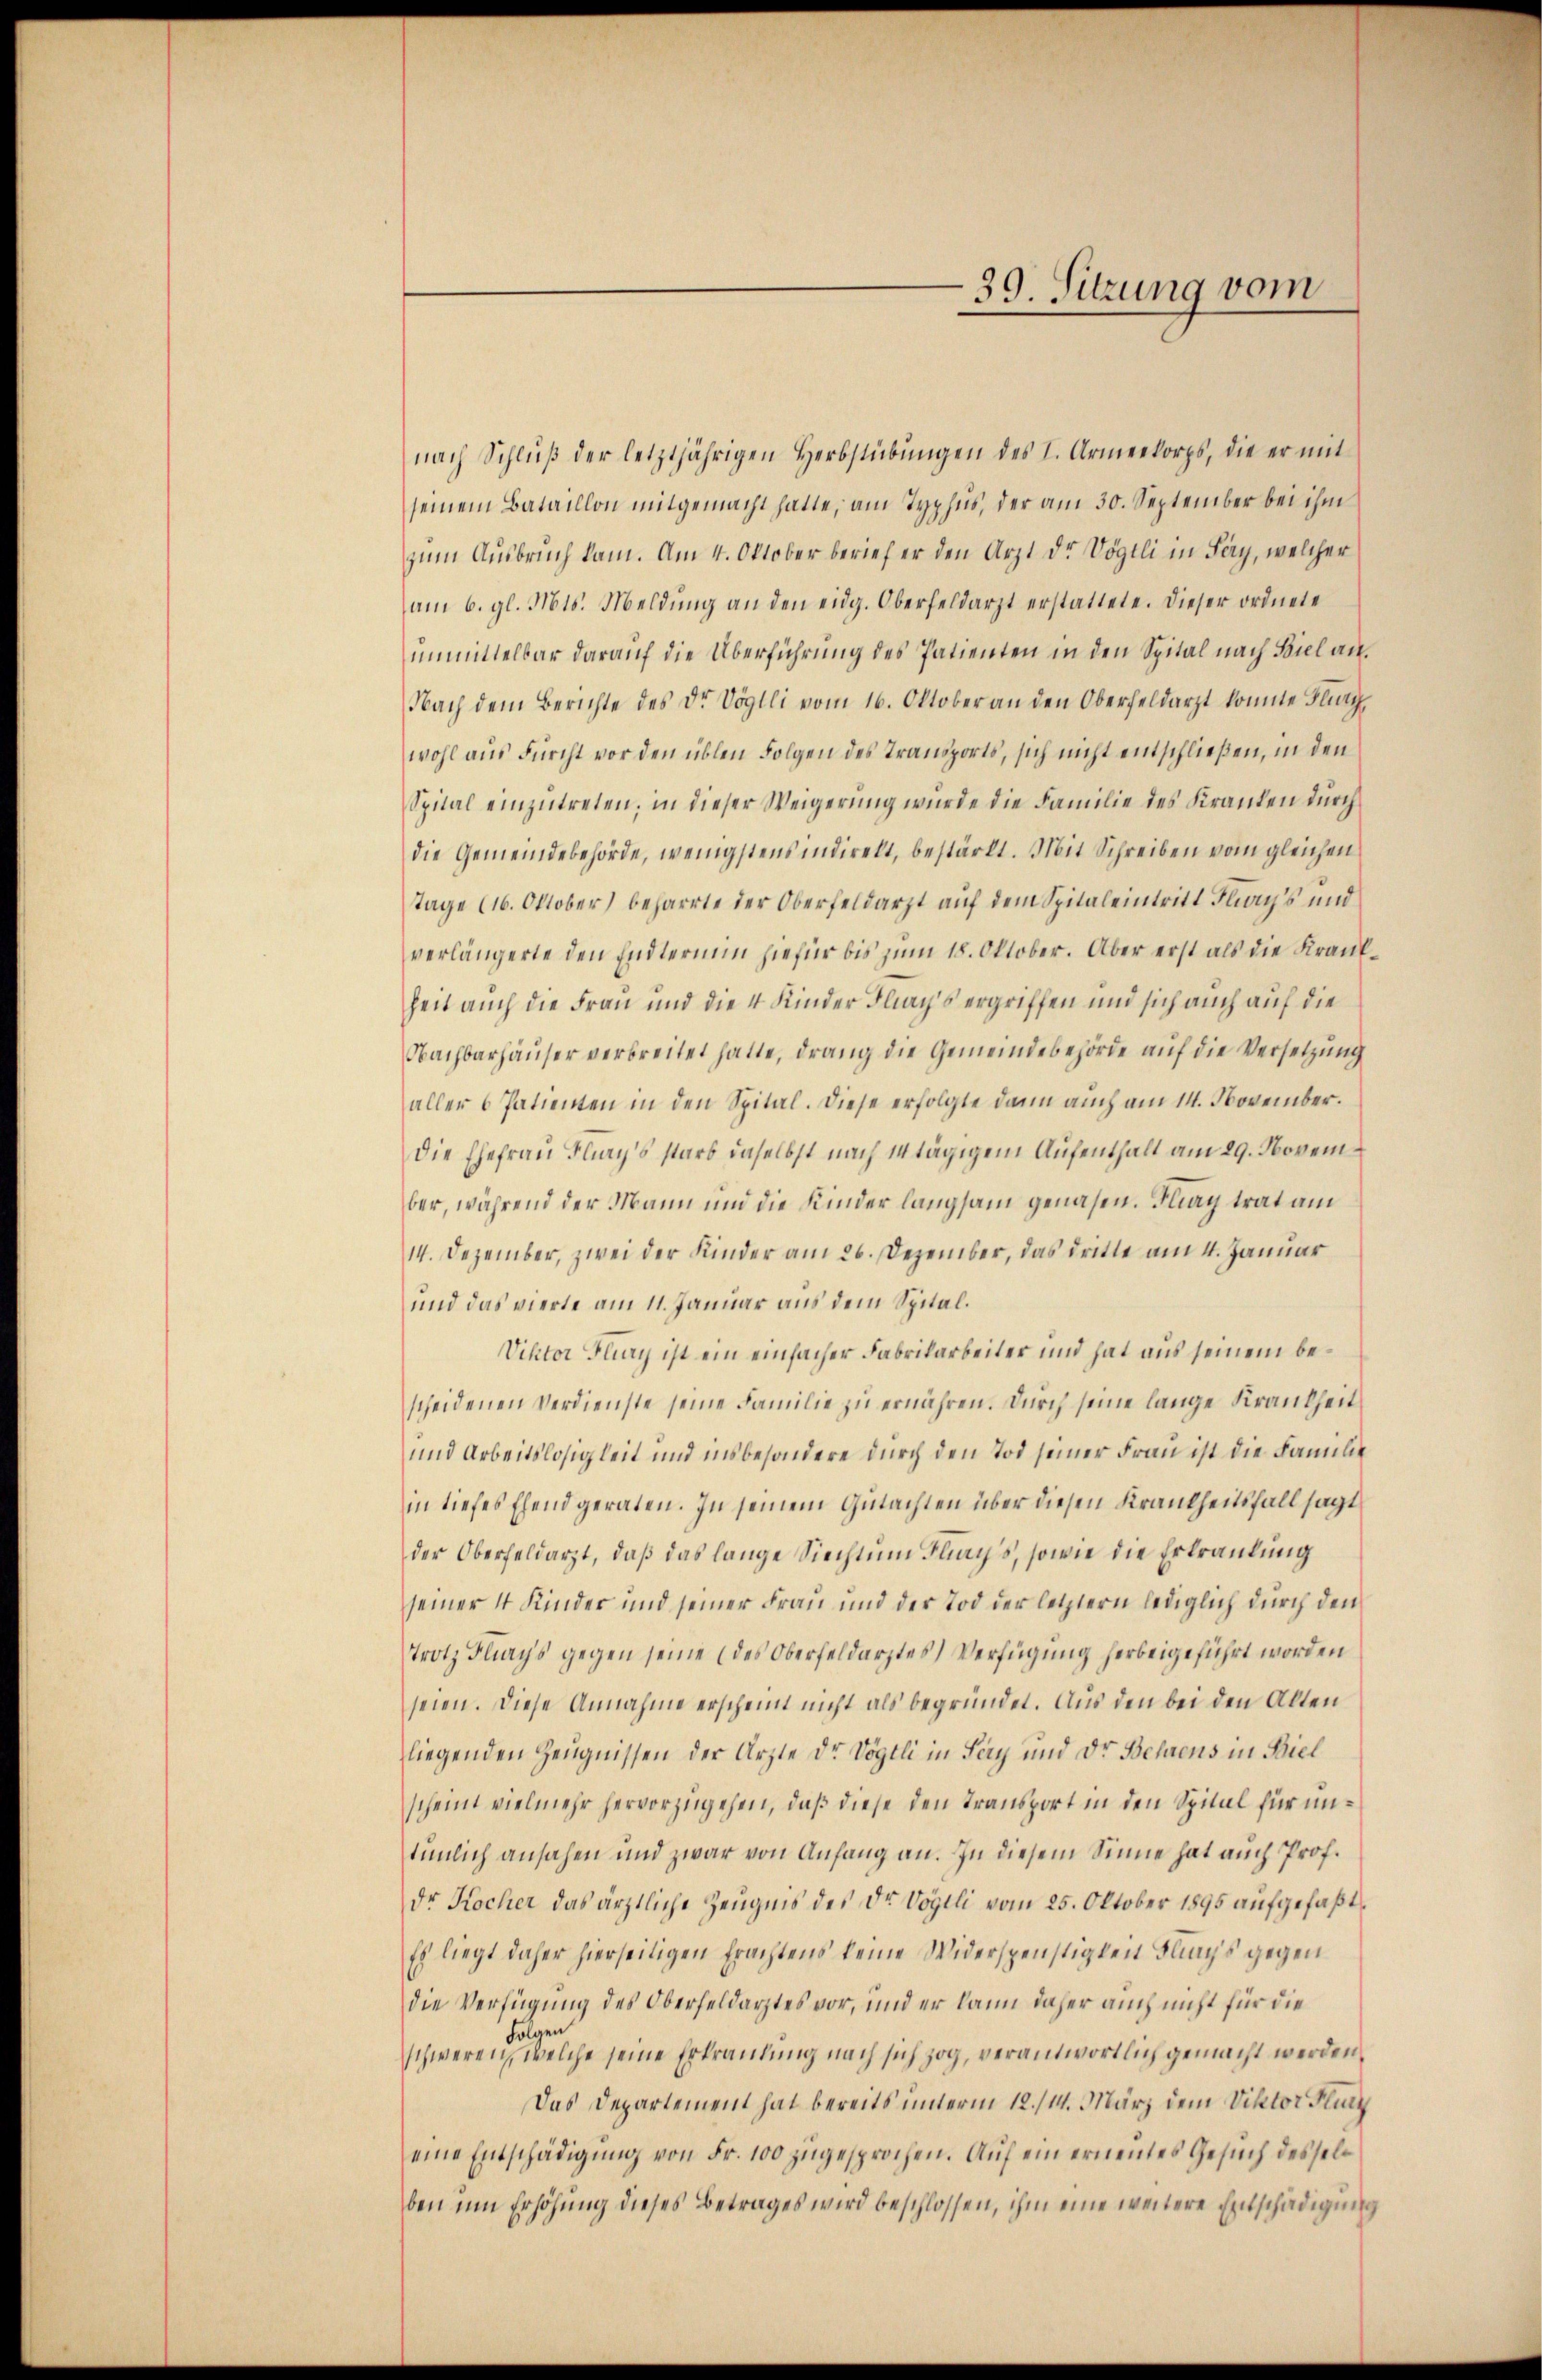
39. Sitzung vom

nach Schlŭβ der letztjährigen Herbstübŭngen des I. Armeekorps, die er mit
seinem Bataillon mitgemacht hatte, am Typhus, der am 30. September bei ihm
zum Ausbruch kam. Am 4. Oktober berief er den Arzt der Vögtli in Sery, welcher
am 6. gl. Mts. Meldung an den eidg. Oberfeldarzt erstattete. Dieser ordnete
unmittelbar darauf die Überführung des Patienten in den Spital nach Biel an¬
Nach dem Berichte des Dr. Vögtli vom 16. Oktober an den Oberfeldarzt konnte Flurg
wohl aus Furcht vor den üblen Folgen des Transports, sich nicht entschließen, in den
Spital einzutreten; in dieser Weigerung wurde die Familie des Kranken durch
die Gemeindebehörde, wenigstens indirelt, bestärkt. Mit Schreiben vom gleichen
Tage (16. Oktober) beharrte der Oberfeldarzt auf dem Spitaleintritt Flach’s und
verlängerte den Endterium hiefür bis zum 18. Oktober. Aber erst als die Kraufheit auch die Frau und die 4 Kinder Flachs ergriffen und sich auch auf die
Nachbarhäuser verbreitet hatte, drang die Gemeindebehörde auf die Versetzung
aller 6 Patienten in den Spital. Diese erfolgte dann auch am 14. November.
Die Ehefrau Flachs starb daselbst nach entägigem Aufenthalt am 29. November, während der Mann und die Kinder langsam genasen. Fling trat am
14. Dezember, zwei der Kinder am 26. Dezember, das dritte am 4. Januar
und das vierte am 11. Januar aus dem Spital¬
Viktor Flay ist ein einfacher Fabrikarbeiter und hat aus seinem bescheidenen Verdienste seine Familie zu ernähren. Durch seine lange Krankheit
und Arbeitslosigkeit und insbesondere durch den Tod seiner Frau ist die Familie
in tiefes Ehend geraten. In seinem Gutachten über diesen Krankheitsfall sagt
der Oberfeldarzt, daβ das lange Siecht ŭm Flachs, sowie die Erkrautung
seiner 4 Kinder und seiner Frau und der Tod der letztern lediglich durch den
trotz Flags gegen seine (des Oberfeldarztes Verfügung herbeigeführt worden
seien. Diese Annahme erscheint nicht als begründet. Aus den bei den Alten
liegenden Zeugnissen der Ärzte der Vögtli in Sey und Dr. Behrens in Biel
scheint vielmehr hervorzugehen, daß diese den Transport in den Spital für untümlich ansahen und zwar von Anfang an. In diesem Sinne hat auch Prof.
dr Kocher das ärztliche Zeugnis des Dr Vogeli vom 25. Oktober 1895 aufgefaßt
Es liegt daher hierseitigen Erachtens keine Widerspenstigten Flachs gegen
die Verfügung des Oberfeldarztes vor, und er kann daher auch nicht für die
Folgen
schweren, welche seine Erkrautung nach sich zog, verantwortlich gemacht werden,
Das Departement hat bereits unterm 12./14. März dem Viktor Flunt
eine Entschädigung von Fr. 100 zugesprochen. Auf ein erneines Gesuch desselben um Erhöhung dieses Betrages wird beschlossen, ihm eine weitere Entschädigung